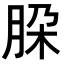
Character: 𬚹